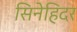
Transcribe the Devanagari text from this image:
सिनेहिदर